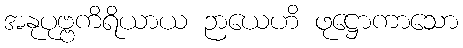
အနုပုဗ္ဗကိရိယာယ ဉာယေဟိ ဖုဋ္ဌောကာသော